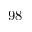
9 8